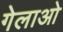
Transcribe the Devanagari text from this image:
गेलाओ